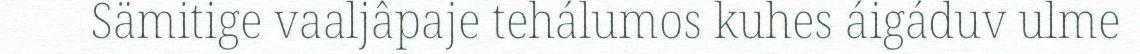
Sämitige vaaljâpaje tehálumos kuhes áigáduv ulme